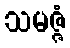
သမဇ္ဇံ